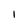
Character: I